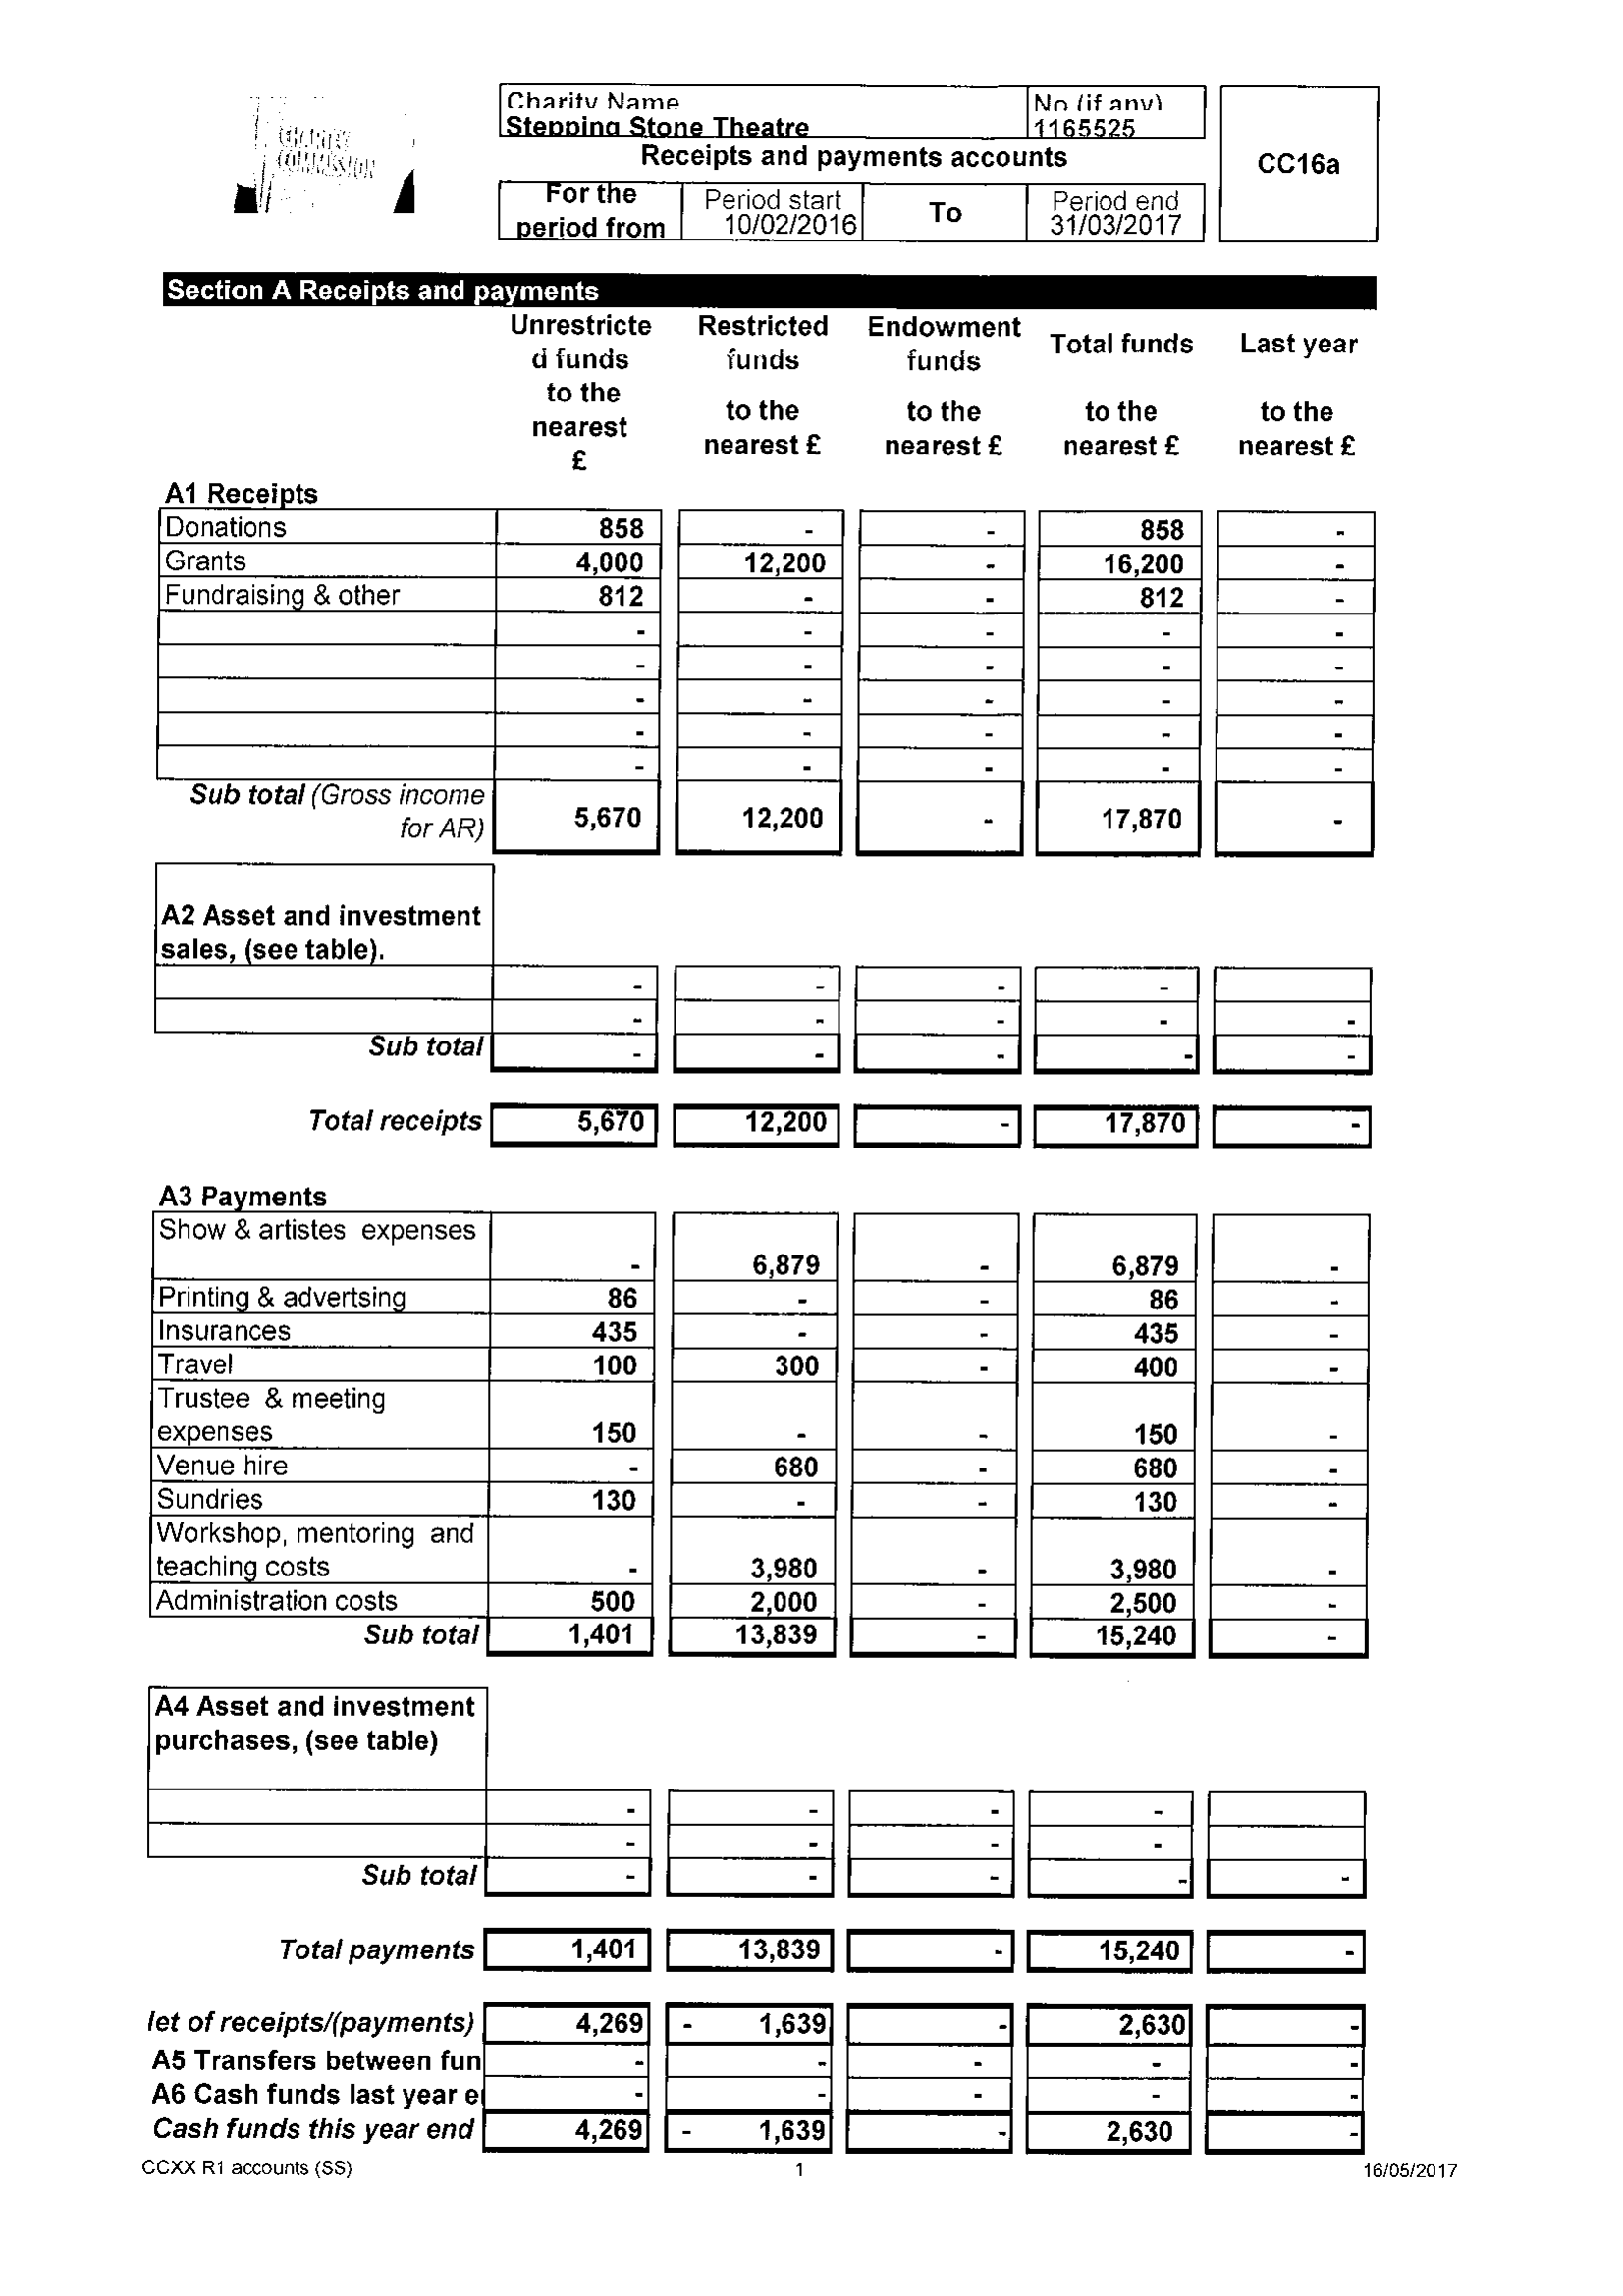
;
     Na {if anv)
     {
     oA
     el
     C
     3
     QIC [1€d
     C
     f (S
     '
     Receipts and payments accounts CcC16a
     '
     Period start
     To
     Period end
     neriod from 10/02/2016 31/03/2017
     N
     Section A Receipts and payments
     Unrestricte  Restricted Endowment

     Total funds  Last year
     d funds funds funds
     to the
     to the to the to the to the
     nearest
     nearest £ nearest £ nearest £ nearest £
     A1 Receipts

     A3 Payments
     Show & artistes expenses
     Printing & advertsing . 86 |
     |   435 ]

     Trustee & meeting
     m
     \Venuehire  [    -]
     130
     Workshop, mentoring and
     teaching costs
     |   500 | Administration costs
     Sub total

     —

     A4 Asset and investment
     purchases, (see table)

     ]
     ]
     Subtotal] -] ==
     Total payments    [    I
     let of receipts/(payments) | 4,269 2.3    ]
     A5 Transfers betweenfun| -/ /[ [    ]
     A6 Cashfunds lastyeare( [ ||  - |
     Cashfunds thisyearend |  4,269||-  1639]| [ 2630 [ -
     1 CCXX R1 accounts {SS) 16/05/2017